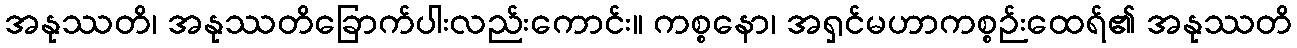
အနုဿတိ၊ အနုဿတိခြောက်ပါးလည်းကောင်း။ ကစ္စနော၊ အရှင်မဟာကစ္စဉ်းထေရ်၏ အနုဿတိ